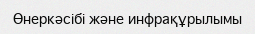
Өнеркәсібі және инфрақұрылымы